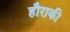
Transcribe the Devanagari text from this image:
हौराकी